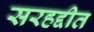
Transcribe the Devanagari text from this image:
सरहद्दीत